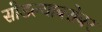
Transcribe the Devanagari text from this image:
सोडल्याबरोबर